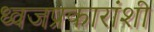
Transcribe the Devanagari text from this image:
ध्वजप्रकारांशी